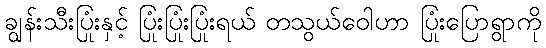
ချွန်းသီးပြုံးနှင့် ပြုံးပြုံးပြုံးရယ် တသွယ်ဝေါဟာ ပြုံးပြောရွာကို